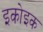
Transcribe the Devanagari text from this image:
इकोइक